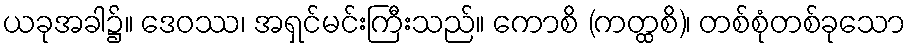
ယခုအခါ၌။ ဒေဝဿ၊ အရှင်မင်းကြီးသည်။ ကောစိ (ကတ္ထစိ)၊ တစ်စုံတစ်ခုသော